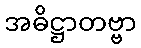
အဓိဋ္ဌာတဗ္ဗာ